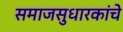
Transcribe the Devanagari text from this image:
समाजसुधारकांचे